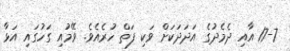
17-7 އާއި ދެމެދުގެ އަދަދަކަށް ވަކި ފަތް ހުރެއެވެ. ވޭމުއި ގަހުގައި އަޅާ